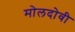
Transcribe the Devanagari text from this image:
मोलदोवी